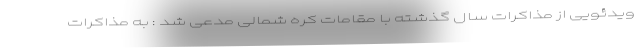
ویدئویی از مذاکرات سال گذشته با مقامات کره شمالی مدعی شد : به مذاکرات